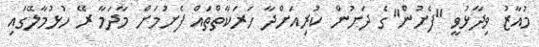
މުއާޒު ވިދާޅުވީ "ފެށުން"ގެ ދަށުން ކުރިއަށްދާ ހަރަކާތްތައް ފެށުމަށް މާދަމާ ރޭ ހުޅުމާލޭގައި